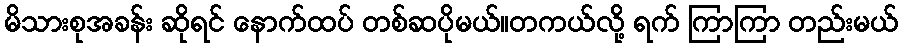
မိသားစုအခန်း ဆိုရင် နောက်ထပ် တစ်ဆပိုမယ်။တကယ်လို့ ရက် ကြာကြာ တည်းမယ်